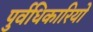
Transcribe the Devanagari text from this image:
पुर्वधिकारियों